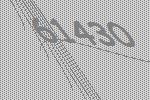
61430